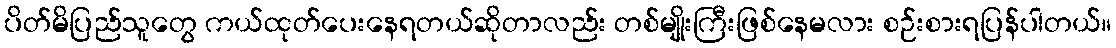
ပိတ်မိပြည်သူတွေ ကယ်ထုတ်ပေးနေရတယ်ဆိုတာလည်း တစ်မျိုးကြီးဖြစ်နေမလား စဉ်းစားရပြန်ပါတယ်။